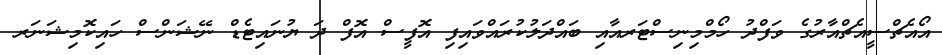
އޯއެޗްސީއެޗްއާރުގެ ވަފްދު ހޯމްމިނިސްޓަރއާއި ބައްދަލުކުރައްވައިފި އޮފީސް އޮފް ދަ ޔުނައިޓެޑް ނޭޝަންސް ހައިކޮމިޝަނަރ